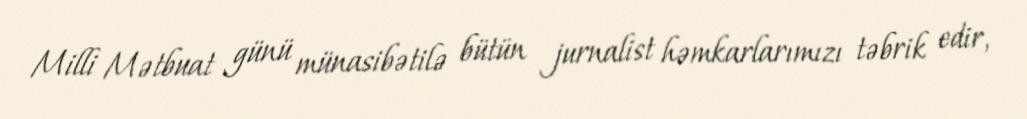
Milli Mətbuat günü münasibətilə bütün jurnalist həmkarlarımızı təbrik edir,